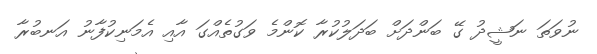
ނުވަތަ ނަޝީދު ގޭ ބަންދަށް ބަދަލުކުރާ ކޮންމެ ވަގުތެއްގަ އާއި އެމަނިކުފާނު އަނބުރާ